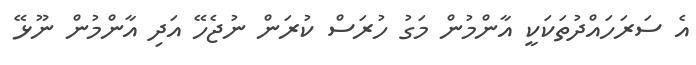
އެ ސަރަހައްދުތަކަކީ އާންމުން މަގު ހުރަސް ކުރަން ނުޖެހޭ އަދި އާންމުން ނޫޅޭ